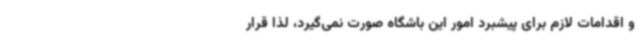
و اقدامات لازم برای پیشبرد امور این باشگاه صورت نمی‌گیرد، لذا قرار